Sanitation, dispensaries and jails vaccination Rajputana 1922-1927 - 1922-1927
Year: 1922
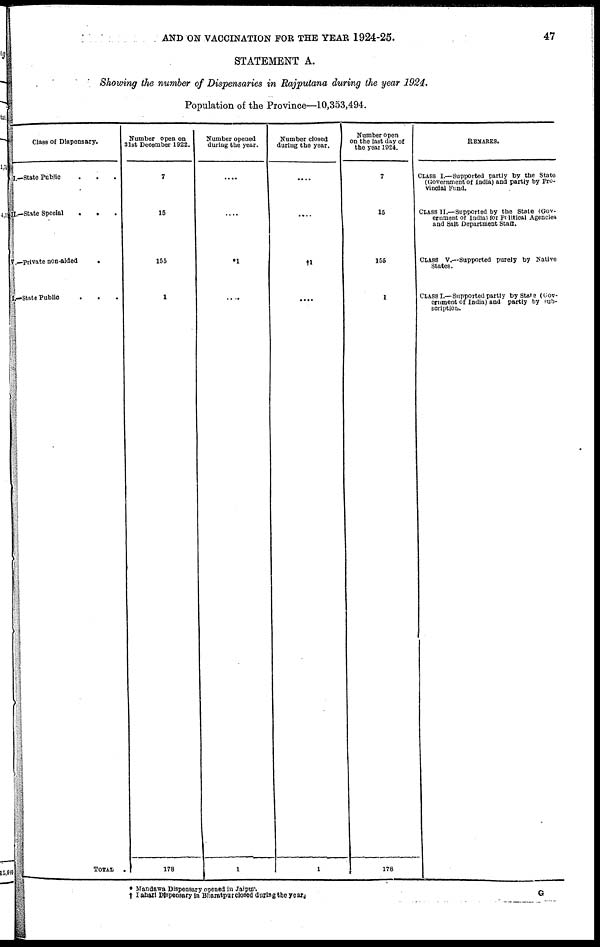
AND ON VACCINATION FOR THE YEAR 1924-25.
47
STATEMENT A.
Showing the number of Dispensaries in Rajputana during the year 1924.
Population of the Province—10,353,494.
Class of Dispensary.
I.—State Public . . .
II.—State Special
.
. .
V.—Private non-aided
.
I.—State Public . . .
TOTAL .
Number open on
31st December 1922.
7
15
155
1
178
Number opened
during the year.
....
....
*1
....
1
Number closed
during the year.
....
....
†1
....
1
Number open
on the last day of
the year 1924.
7
15
155
1
178
REMARKS.
CLASS I.—Supported partly by the State
(Government of India) and partly by Pro¬
vincial Fund.
CLASS II.—Supported by the State (Gov¬
ernment of India) for Political Agencies
and Salt Department Staff.
CLASS V.—Supported purely by Native
States.
CLASS I.—Supported partly by State (Gov-
ernment of India) and partly by sub-
scription.
* Mandawa Dispensary opened in Jaipur.
† Pahari Dispensary in Bharatpur closed during the years.
G